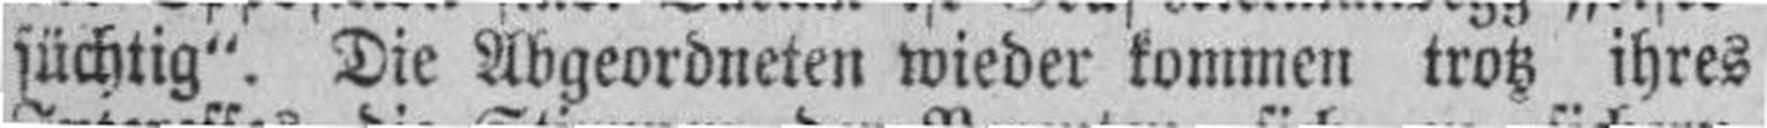
süchtig". Die Abgeordneten wieder kommen trotz ihres